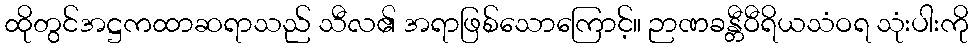
ထိုတွင်အဋ္ဌကထာဆရာသည် သီလ၏ အရာဖြစ်သောကြောင့်။ ဉာဏခန္တီဝီရိယသံဝရ သုံးပါးကို